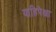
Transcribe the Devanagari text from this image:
याहिपेक्षा